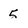
Character: 5